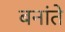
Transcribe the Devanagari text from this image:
बनांते